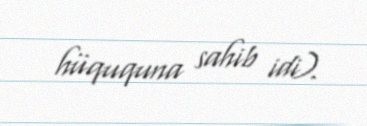
hüququna sahib idi).